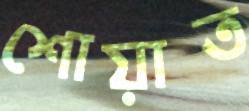
শোয়াত